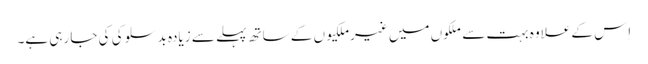
‏ اِس کے علاوہ بہت سے ملکوں میں غیرملکیوں کے ساتھ پہلے سے زیادہ بدسلوکی کی جا رہی ہے۔